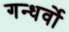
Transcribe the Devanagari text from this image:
गन्धर्वो